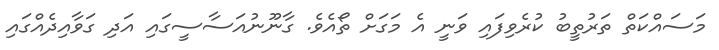
މަސައްކަތް ތަރުތީބު ކުރެވިފައި ވަނީ އެ މަގަށް ތޯއެވެ. ގާނޫނުއަސާސީގައި އަދި ގަވާއިދެއްގައި